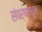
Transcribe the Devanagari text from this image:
संघर्षमधून